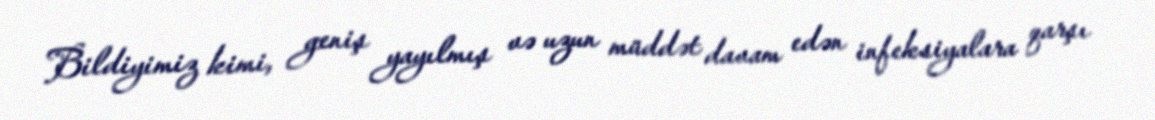
Bildiyimiz kimi, geniş yayılmış və uzun müddət davam edən infeksiyalara qarşı